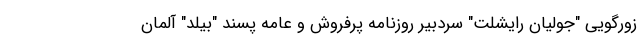
زورگویی "جولیان رایشلت" سردبیر روزنامه پرفروش و عامه پسند "بیلد" آلمان